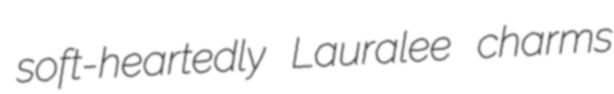
soft-heartedly Lauralee charms